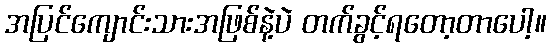
အပြင်ကျောင်းသားအဖြစ်နဲ့ပဲ တက်ခွင့်ရတော့တာပေါ့။